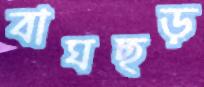
বাঘছড়